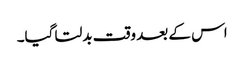
اس کے بعد وقت بدلتا گیا۔